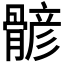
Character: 𩩷